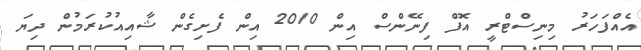
އެއްފަހަރު މިނިސްޓްރީ އޮފް ފިނޭންސް އިން 2010 އިން ފެށިގެން ޝާއިއުކުރަމުން ދިޔަ